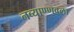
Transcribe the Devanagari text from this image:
नव्याण्णवला